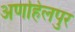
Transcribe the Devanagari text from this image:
अणहिलपुर